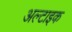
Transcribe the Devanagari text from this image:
अल्टाइक